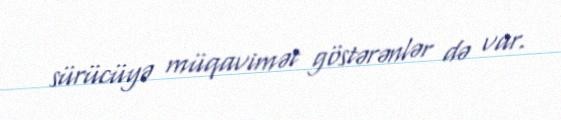
sürücüyə müqavimət göstərənlər də var.